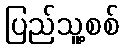
ပြည်သူ့စစ်